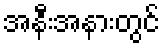
အနီးအနားတွင်